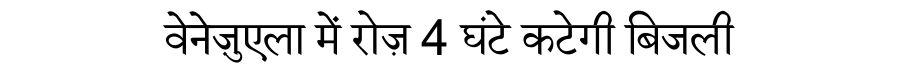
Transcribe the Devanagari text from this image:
वेनेज़ुएला में रोज़ 4 घंटे कटेगी बिजली